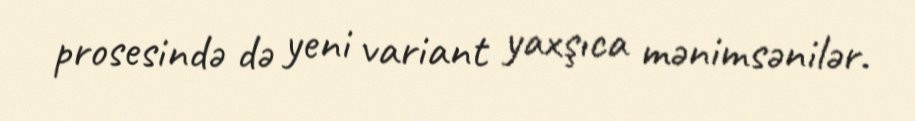
prosesində də yeni variant yaxşıca mənimsənilər.